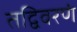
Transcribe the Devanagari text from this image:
तद्विवरणं